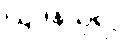
ဩဒနသုရာ